Vaccination in Burma 1889-1999 - 1889-1999
Year: 1889
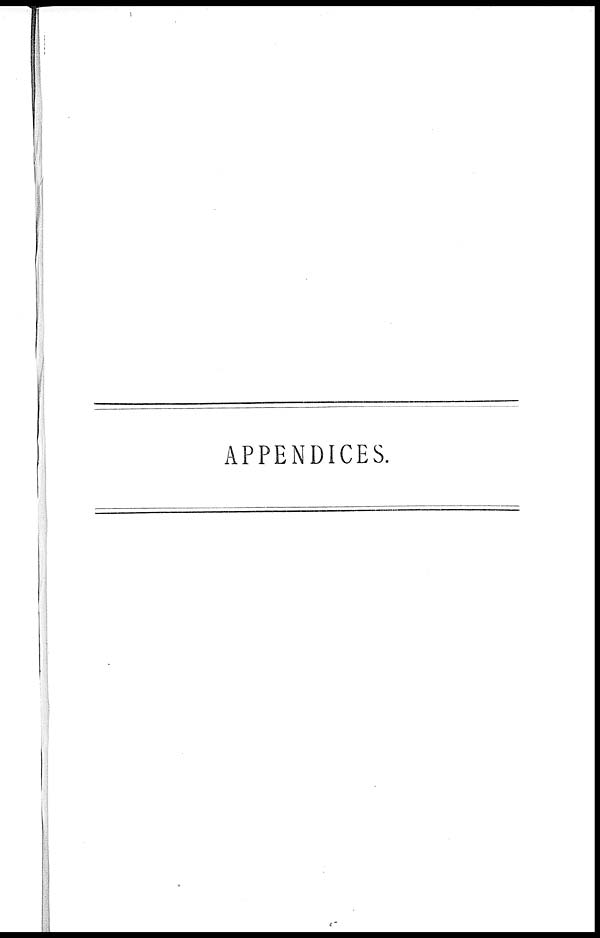
APPENDICES.